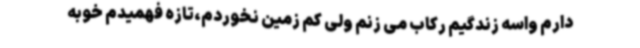
دارم واسه زندگیم رکاب می زنم ولی کم زمین‌ نخوردم،تازه فهمیدم خوبه